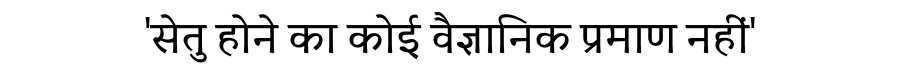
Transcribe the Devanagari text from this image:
'सेतु होने का कोई वैज्ञानिक प्रमाण नहीं'